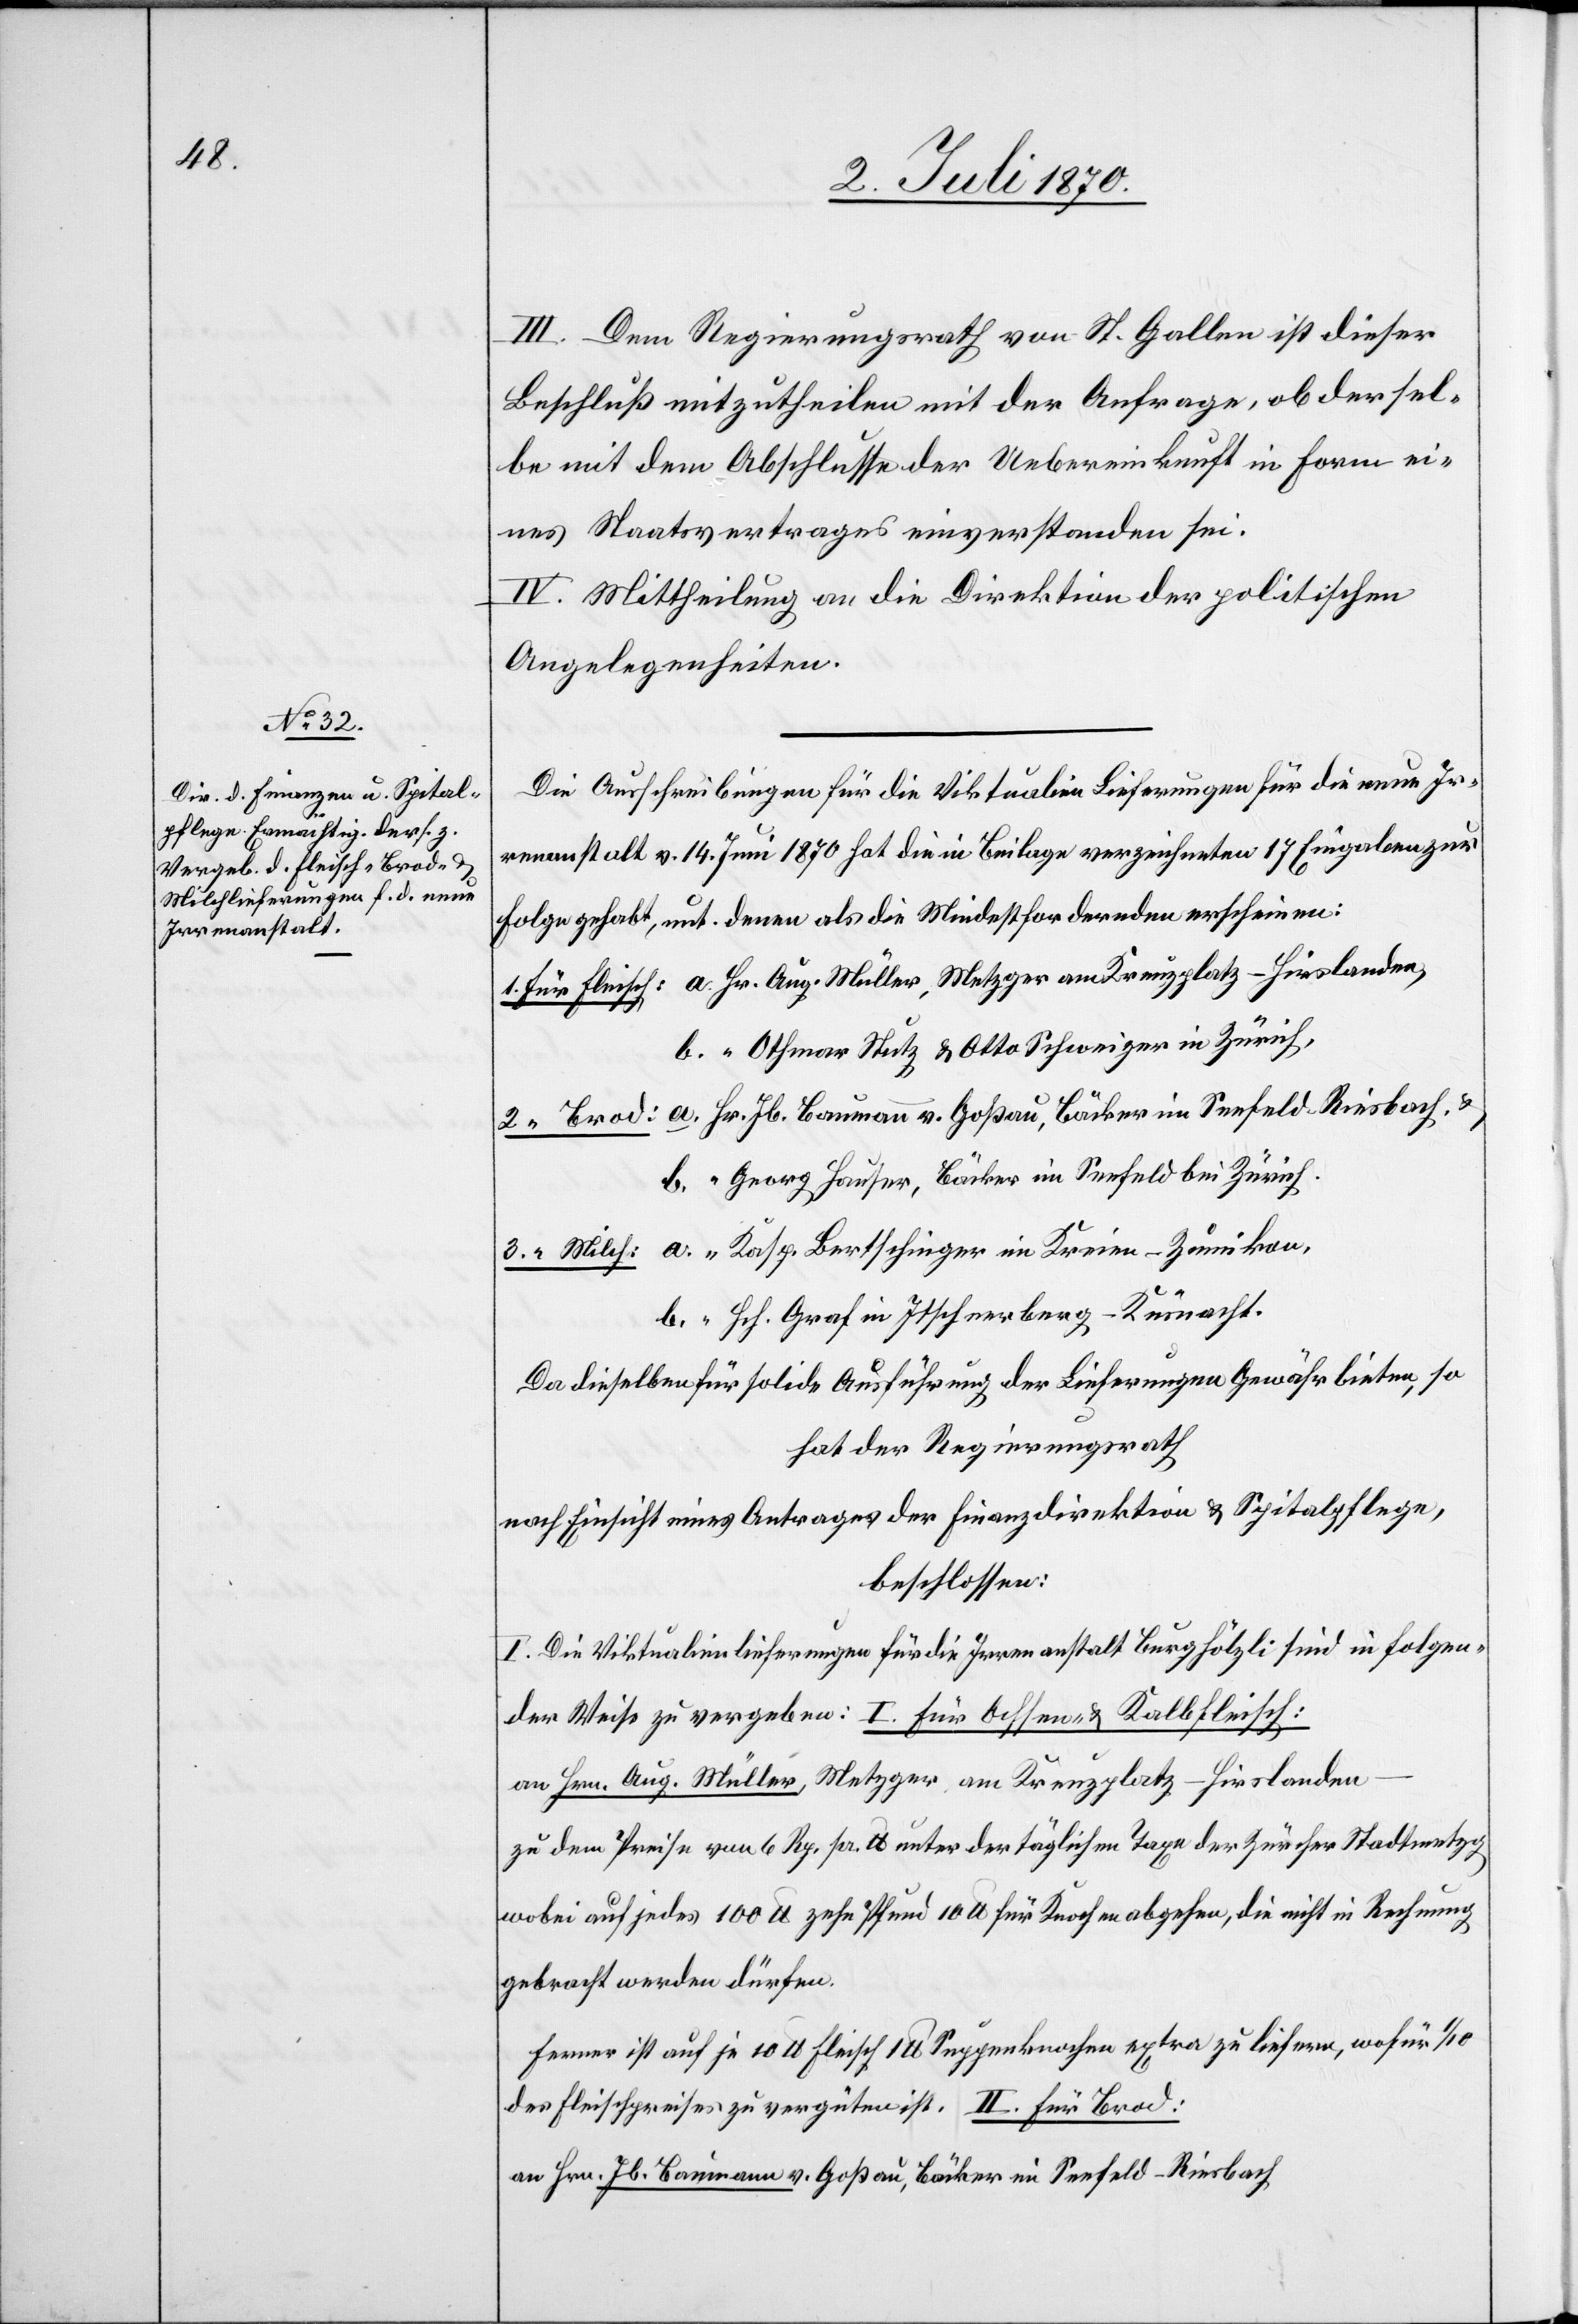
III. Dem Regierungsrath von St. Gallen ist dieser
Beschluß mitzutheilen mit der Anfrage, ob dersel¬
be mit dem Abschlusse der Uebereinkunft in Form ei¬
nes Staatsvertrages einverstanden sei.
IV. Mittheilung an die Direktion der politischen
Angelegenheiten.
Die Ausschreibungen für die Viktualien Lieferungen für die neue Ir¬
renanstalt v. 14. Juni 1870 hat die in Beilage verzeichneten 17 Eingaben zur
Folge gehabt, unt. denen als die Mindestfordernden erscheinen:
Othmar Stutz & Otto Schweizer in Zürich,
Georg Hauser, Bäcker im Seefeld bei Zürich.
Hch. Grad in Itschnerberg - Küsnacht.
Da dieselben für solide Ausführung der Lieferungen Gewähr bieten, so
hat der Regierungsrath
nach Einsicht eines Antrages der Finanzdirektion & Spitalpfleg,
beschlossen:
I. Die Viktualienlieferungen für die Irrenanstalt Burghölzli sind in folgen¬
der Weise zu vergeben: I. Für Ochsen- & Kalbfleisch:
an Hrn. Aug. Müller, Metzger am Kreuzplatz - Hirslanden
zu dem Preise von 6 Rp. pr. lb. unter der täglichen Taxe der zürcher Stadtmetzg
wobei auf jedes 100 lb. zehn Pfund 10 lb. [sic!] für Knochen abgehen, die nicht in Rechnung
gebracht werden dürfen.
Ferner ist auf je 10 lb. Fleisch 1 lb. Suppenknochen extra zu liefern, wofür 1/10
des Fleischpreises zu vergüten ist. II. Für Brod:
an Hrn. Jb. Baumann v. Goßau, Bäcker im Seefeld - Riesbach